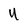
Character: U